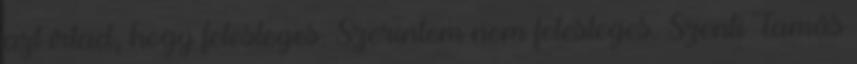
azt írtad, hogy felesleges. Szerintem nem felesleges. Szenti Tamás